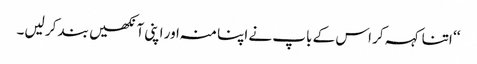
‘‘ اتنا کہہ کر اس کے باپ نے اپنا منہ اور اپنی آنکھیں بند کر لیں۔